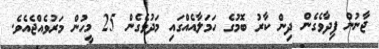
ޖާނުން ފިދާވެގެން ދިން ކާރު ބޮމުގެ ހަމަލާއެއްގައި މަދުވެގެން 25 މީހުން މަރުވެއްޖެއެވެ.